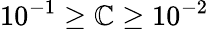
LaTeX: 10^{-1}\ge\mathbb{C}\ge10^{-2}